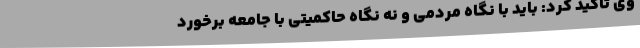
وی تاکید کرد: باید با نگاه مردمی و نه نگاه حاکمیتی با جامعه برخورد